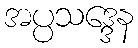
အပ္ပသဒ္ဒေန